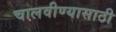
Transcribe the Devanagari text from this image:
चालवीण्यासाठी